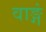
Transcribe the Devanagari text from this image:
वाङ्गं